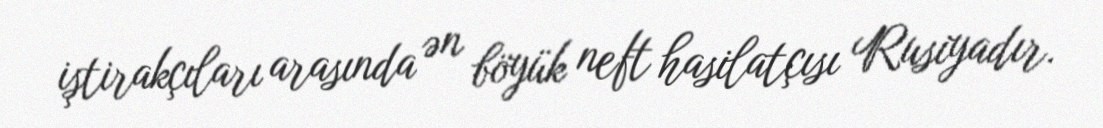
iştirakçıları arasında ən böyük neft hasilatçısı Rusiyadır.